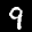
Label: 9